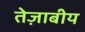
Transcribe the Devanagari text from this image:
तेज़ाबीय